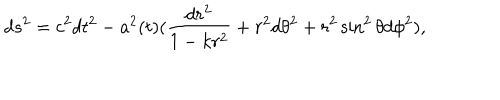
d s ^ { 2 } = c ^ { 2 } d t ^ { 2 } - a ^ { 2 } ( t ) ( \frac { d r ^ { 2 } } { 1 - k r ^ { 2 } } + r ^ { 2 } d \theta ^ { 2 } + r ^ { 2 } \sin ^ { 2 } \theta d \phi ^ { 2 } ) ,